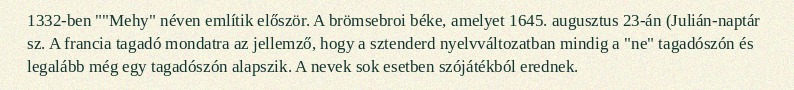
1332-ben ""Mehy" néven említik először. A brömsebroi béke, amelyet 1645. augusztus 23-án (Julián-naptár sz. A francia tagadó mondatra az jellemző, hogy a sztenderd nyelvváltozatban mindig a "ne" tagadószón és legalább még egy tagadószón alapszik. A nevek sok esetben szójátékból erednek.